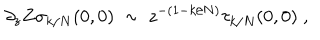
\partial _ { z } Z \sigma _ { k / N } ( 0 , 0 ) ~ \sim ~ z ^ { - ( 1 - k / N ) } \tau _ { k / N } ( 0 , 0 ) \; ,